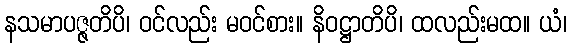
နသမာပဇ္ဇတိပိ၊ ဝင်လည်း မဝင်စား။ နိဝဋ္ဌာတိပိ၊ ထလည်းမထ။ ယံ၊